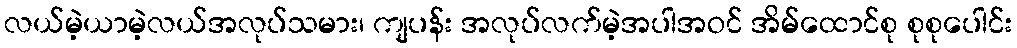
လယ်မဲ့ယာမဲ့လယ်အလုပ်သမား၊ ကျပန်း အလုပ်လက်မဲ့အပါအဝင် အိမ်ထောင်စု စုစုပေါင်း